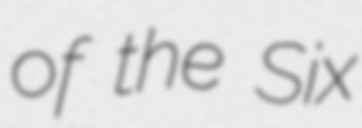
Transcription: of the Six